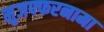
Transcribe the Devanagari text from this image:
मुजफ्फरनामा